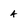
Character: 4